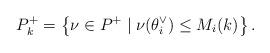
LaTeX: \begin{align*}P^{+}_k=\left\{\nu\in P^+\mid \nu(\theta^\vee_i)\le M_i(k)\right\}.\end{align*}